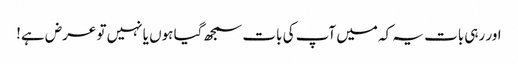
اور رہی بات یہ کہ میں آپ کی بات سمجھ گیا ہوں یا نہیں تو عرض ہے!